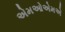
એમઓએમએ